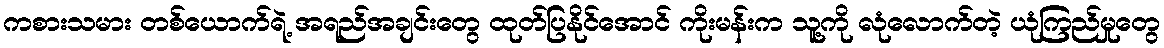
ကစားသမား တစ်ယောက်ရဲ့ အရည်အချင်းတွေ ထုတ်ပြနိုင်အောင် ကိုးမန်းက သူ့ကို လုံလောက်တဲ့ ယုံကြည်မှုတွေ